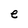
Character: e